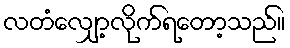
လတံလျှော့လိုက်ရတော့သည်။